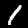
Digit: 1